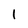
Character: I